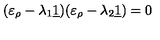
( \varepsilon _ { \rho } - \lambda _ { 1 } \underline { { 1 } } ) ( \varepsilon _ { \rho } - \lambda _ { 2 } \underline { { 1 } } ) = 0